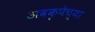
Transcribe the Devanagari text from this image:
अवकृपेच्या